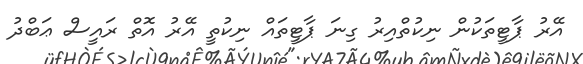
އޭރު ޕާޓީތަކުން ނިކުތްއިރު ގިނަ ޕާޓީތައް ނިކުތީ އޭރު އޮތް ރައީސް ޢަބްދު